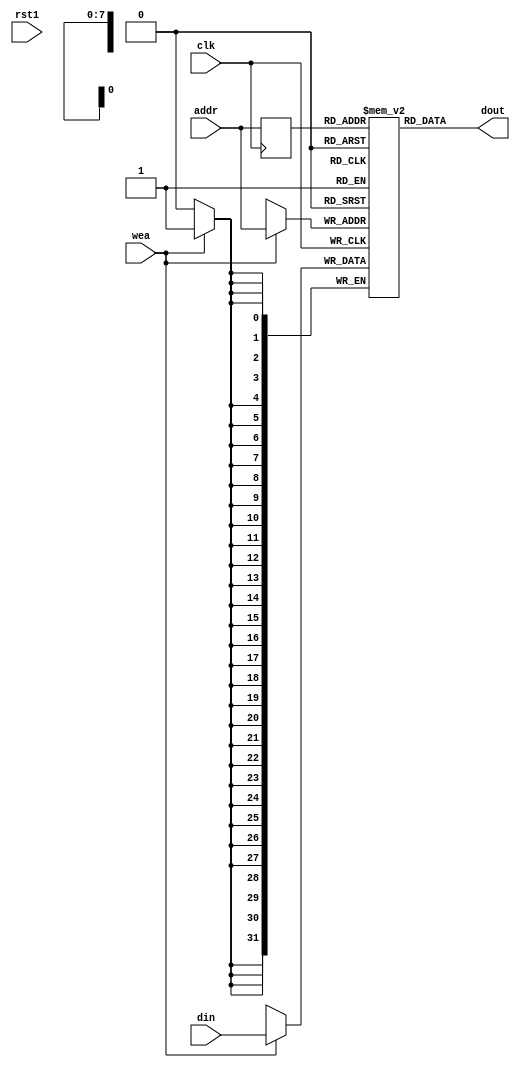
`define IM_MAX 256
`define IMSIZE 8
`timescale 1ns/1ps

module INSTRUCTION_MEMORY(
	rst1,
	clk,
	wea,
	addr,
	din,
	dout
);

input clk, wea,rst1;
input [`IMSIZE-1:0] addr;
input [31:0] din;

output [31:0] dout;

// IM_MAX = how many memory space can use
reg [31:0] instruction [0:`IM_MAX-1];
reg [31:0]i;

initial begin
	instruction[0] = 32'h00000020;								// nop;
	instruction[1] = 32'h00000020;								// nop;
	
	instruction[2] = 32'b100011_00000_01010_00000_00000_000000; // lw t10,0(0)
	instruction[3] = 32'h00000020;								// nop;
	instruction[4] = 32'h00000020;								// nop;
	
	instruction[5] = 32'b100011_00000_01011_00000_00000_000100; // lw t10,0(0)
	instruction[6] = 32'h00000020;								// nop;
	instruction[7] = 32'h00000020;								// nop;

	instruction[8] = 32'b001000_00000_01001_00000_00000_000001; // addi,t9,1
	instruction[9] = 32'h00000020;								// nop;
	instruction[10] = 32'h00000020;								// nop;
	instruction[11] = 32'h00000020;								// nop;
	
	instruction[12] = 32'b000000_01011_01001_01000_00000_101010;// slt t8,t11,t9=1
	instruction[13] = 32'h00000020;								// nop;
	instruction[14] = 32'h00000020;								// nop;
	instruction[15] = 32'h00000020;								// nop;
	instruction[16] = 32'h00000020;								// nop;
	
	instruction[19] = 32'h00000020;// beq t8,zero => jump to gcd
	instruction[18] = 32'h00000020;								// nop;
	instruction[17] = 32'b000100_01000_00000_00000_00000_001011;// beq t8,zero => jump to gcd
	//instruction[18] = 32'h00000020;								// nop;
	
	instruction[20] = 32'h00000020;								// nop;
	instruction[21] = 32'h00000020;								// nop;
	
	instruction[22] = 32'b101011_00000_01010_00000_00000_001100;// store to mem 2
	instruction[23] = 32'h00000020;								// nop;
	instruction[24] = 32'h00000020;								// nop;
	instruction[25] = 32'h00000020;								// nop;
	instruction[26] = 32'h00000020;								// nop;
	
	instruction[27] = 32'b000000_11111_00000_00000_00000_001000;// jr r31
	instruction[28] = 32'h00000020;								// nop;
	instruction[29] = 32'h00000020;								// nop;
	instruction[30] = 32'h00000020;								// nop;
	instruction[31] = 32'h00000020;								// nop;
	
	// gcd starts	
		// start swap
	instruction[32] = 32'b000000_01010_01011_01000_00000_101010; // SLT
	instruction[33] = 32'h00000020;								// nop;
	instruction[34] = 32'h00000020;								// nop;
	instruction[35] = 32'h00000020;								// nop;
	instruction[36] = 32'h00000020;								// nop;
	
	instruction[37] = 32'b000100_01000_00000_00000_00000_010000;// beq t8,zero => jump to gcd
	instruction[38] = 32'h00000020;								// nop;
	instruction[39] = 32'h00000020;								// nop;
	instruction[40] = 32'h00000020;								// nop;
	instruction[41] = 32'h00000020;								// nop;



	instruction[42] = 32'b101011_00000_01010_00000_00000_001100;// store t10 to mem[3]
	instruction[43] = 32'h00000020;								// nop;
	instruction[44] = 32'h00000020;								// nop;
	instruction[45] = 32'h00000020;								// nop;
	instruction[46] = 32'h00000020;								// nop;
	
	instruction[47] = 32'b001000_01011_01010_00000_00000_000000;// addi t10 ,t11,0
	instruction[48] = 32'h00000020;								// nop;
	instruction[49] = 32'h00000020;								// nop;
	instruction[50] = 32'h00000020;								// nop;
	instruction[51] = 32'h00000020;								// nop;

	instruction[52] = 32'b100011_00000_01011_00000_00000_001100;//lw t11,1(0);
	instruction[53] = 32'h00000020;								// nop;
	instruction[54] = 32'h00000020;								// nop;
	instruction[55] = 32'h00000020;								// nop;
	instruction[56] = 32'h00000020;								// nop;
		// end swaping

	instruction[57] = 32'b000000_01010_01011_01010_00000_100010; // sub $t10,$t10.$t11
	instruction[58] = 32'h00000020;								// nop;
	instruction[59] = 32'h00000020;								// nop;
	instruction[60] = 32'h00000020;								// nop;

	instruction[61] = 32'b000011_00000_00000_00000_00000_001011; // jal address not input
	instruction[62] = 32'h00000020;								// nop;
	instruction[63] = 32'h00000020;								// nop;
	instruction[64] = 32'h00000020;	
	instruction[65] = 32'h00000020;	
	
	instruction[66] = 32'h00000020;
	instruction[67] = 32'h00000020;
	instruction[68] = 32'h00000020;
	instruction[69] = 32'h00000030;
	instruction[70] = 32'h00000030;
	for(i=71;i< 255; i = i +1)
		instruction[i] = 32'h00000030;
end



reg [`IMSIZE-1:0] addr_reg;

// if memory can use, then direct output

assign dout = instruction[addr_reg] ;

// for outside write instruction
always @(posedge clk) begin
	
	addr_reg <= addr[`IMSIZE-1:0];
	if(wea == 1) begin
		instruction[addr[`IMSIZE-1:0]] <= din;
	end
end

endmodule